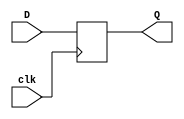
module d_ff (
    input wire D,
    input wire clk,
    output reg Q
);

always @(posedge clk) begin
    Q <= D;
end

endmodule